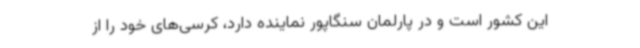
این کشور است و در پارلمان سنگاپور نماینده دارد، کرسی‌های خود را از